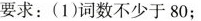
要求：(1)词数不少于80；